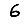
Digit: 6